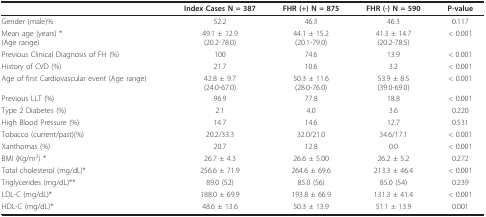
<table><thead><tr><td></td><td><b>Index Cases N = 387</b></td><td><b>FHR (+) N = 875</b></td><td><b>FHR (-) N = 590</b></td><td><b>P-value</b></td></tr></thead><tbody><tr><td>Gender (male)%</td><td>52.2</td><td>46.3</td><td>46.3</td><td>0.117</td></tr><tr><td>Mean age (years) *(Age range)</td><td>49.1 ± 12.9(20.2-78.0)</td><td>44.1 ± 15.2(20.1-79.0)</td><td>41.3 ± 14.7(20.2-78.5)</td><td>&lt; 0.001</td></tr><tr><td>Previous Clinical Diagnosis of FH (%)</td><td>100</td><td>74.6</td><td>13.9</td><td>&lt; 0.001</td></tr><tr><td>History of CVD (%)</td><td>21.7</td><td>10.6</td><td>3.2</td><td>&lt; 0.001</td></tr><tr><td>Age of first Cardiovascular event (Age range)</td><td>42.8 ± 9.7(24.0-67.0)</td><td>50.3 ± 11.6(28.0-76.0)</td><td>53.9 ± 8.5(39.0-69.0)</td><td>&lt; 0.001</td></tr><tr><td>Previous LLT (%)</td><td>96.9</td><td>77.8</td><td>18.8</td><td>&lt; 0.001</td></tr><tr><td>Type 2 Diabetes (%)</td><td>2.1</td><td>4.0</td><td>3.6</td><td>0.220</td></tr><tr><td>High Blood Pressure (%)</td><td>14.7</td><td>14.6</td><td>12.7</td><td>0.531</td></tr><tr><td>Tobacco (current/past)(%)</td><td>20.2/33.3</td><td>32.0/21.0</td><td>34.6/17.1</td><td>&lt; 0.001</td></tr><tr><td>Xanthomas (%)</td><td>20.7</td><td>12.8</td><td>0.0</td><td>&lt; 0.001</td></tr><tr><td>BMI (Kg/m<sup>2</sup>) *</td><td>26.7 ± 4.3</td><td>26.6 ± 5.00</td><td>26.2 ± 5.2</td><td>0.272</td></tr><tr><td>Total cholesterol (mg/dL)*</td><td>256.6 ± 71.9</td><td>264.6 ± 69.6</td><td>213.3 ± 46.4</td><td>&lt; 0.001</td></tr><tr><td>Triglycerides (mg/dL)**</td><td>89.0 (52)</td><td>85.0 (56)</td><td>85.0 (54)</td><td>0.239</td></tr><tr><td>LDL-C (mg/dL)*</td><td>188.0 ± 69.9</td><td>193.8 ± 66.9</td><td>131.3 ± 41.4</td><td>&lt; 0.001</td></tr><tr><td>HDL-C (mg/dL)*</td><td>48.6 ± 13.6</td><td>50.3 ± 13.9</td><td>51.1 ± 13.9</td><td>0.001</td></tr></tbody></table>